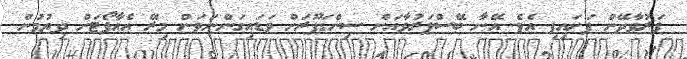
ފަރުވާދޭން ފަށައިފި އެވެ. އޭނާ ބޭސްފަރުވާއަށް ސިންގަޕޫރަށް ވަޑައިގަންނަވަން މިރޭ އެއާޕޯޓަށް ދިޔުމުން